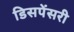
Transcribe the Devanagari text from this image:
डिसपेंसरी